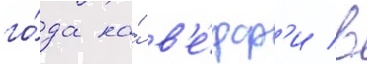
го́да на́ в'е́рф'и в